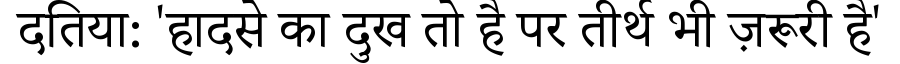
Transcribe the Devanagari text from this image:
दतिया: 'हादसे का दुख तो है पर तीर्थ भी ज़रूरी है'